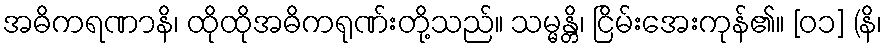
အဓိကရဏာနိ၊ ထိုထိုအဓိကရုဏ်းတို့သည်။ သမ္မန္တိ၊ ငြိမ်းအေးကုန်၏။ [၀၁] (နိ၊